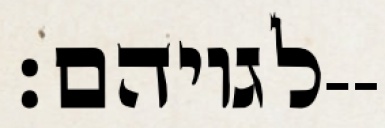
לגויהם׃--